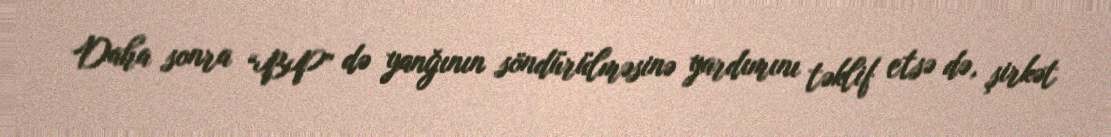
Daha sonra “BP” də yanğının söndürülməsinə yardımını təklif etsə də, şirkət